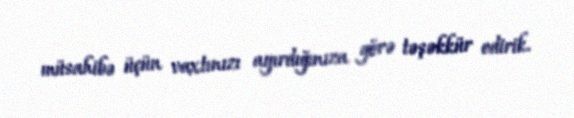
müsahibə üçün vaxtınızı ayırdığınıza görə təşəkkür edirik.